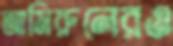
আমিরুলেরও